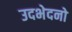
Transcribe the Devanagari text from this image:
उदभेदनो